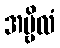
အမ္ဗိလံ